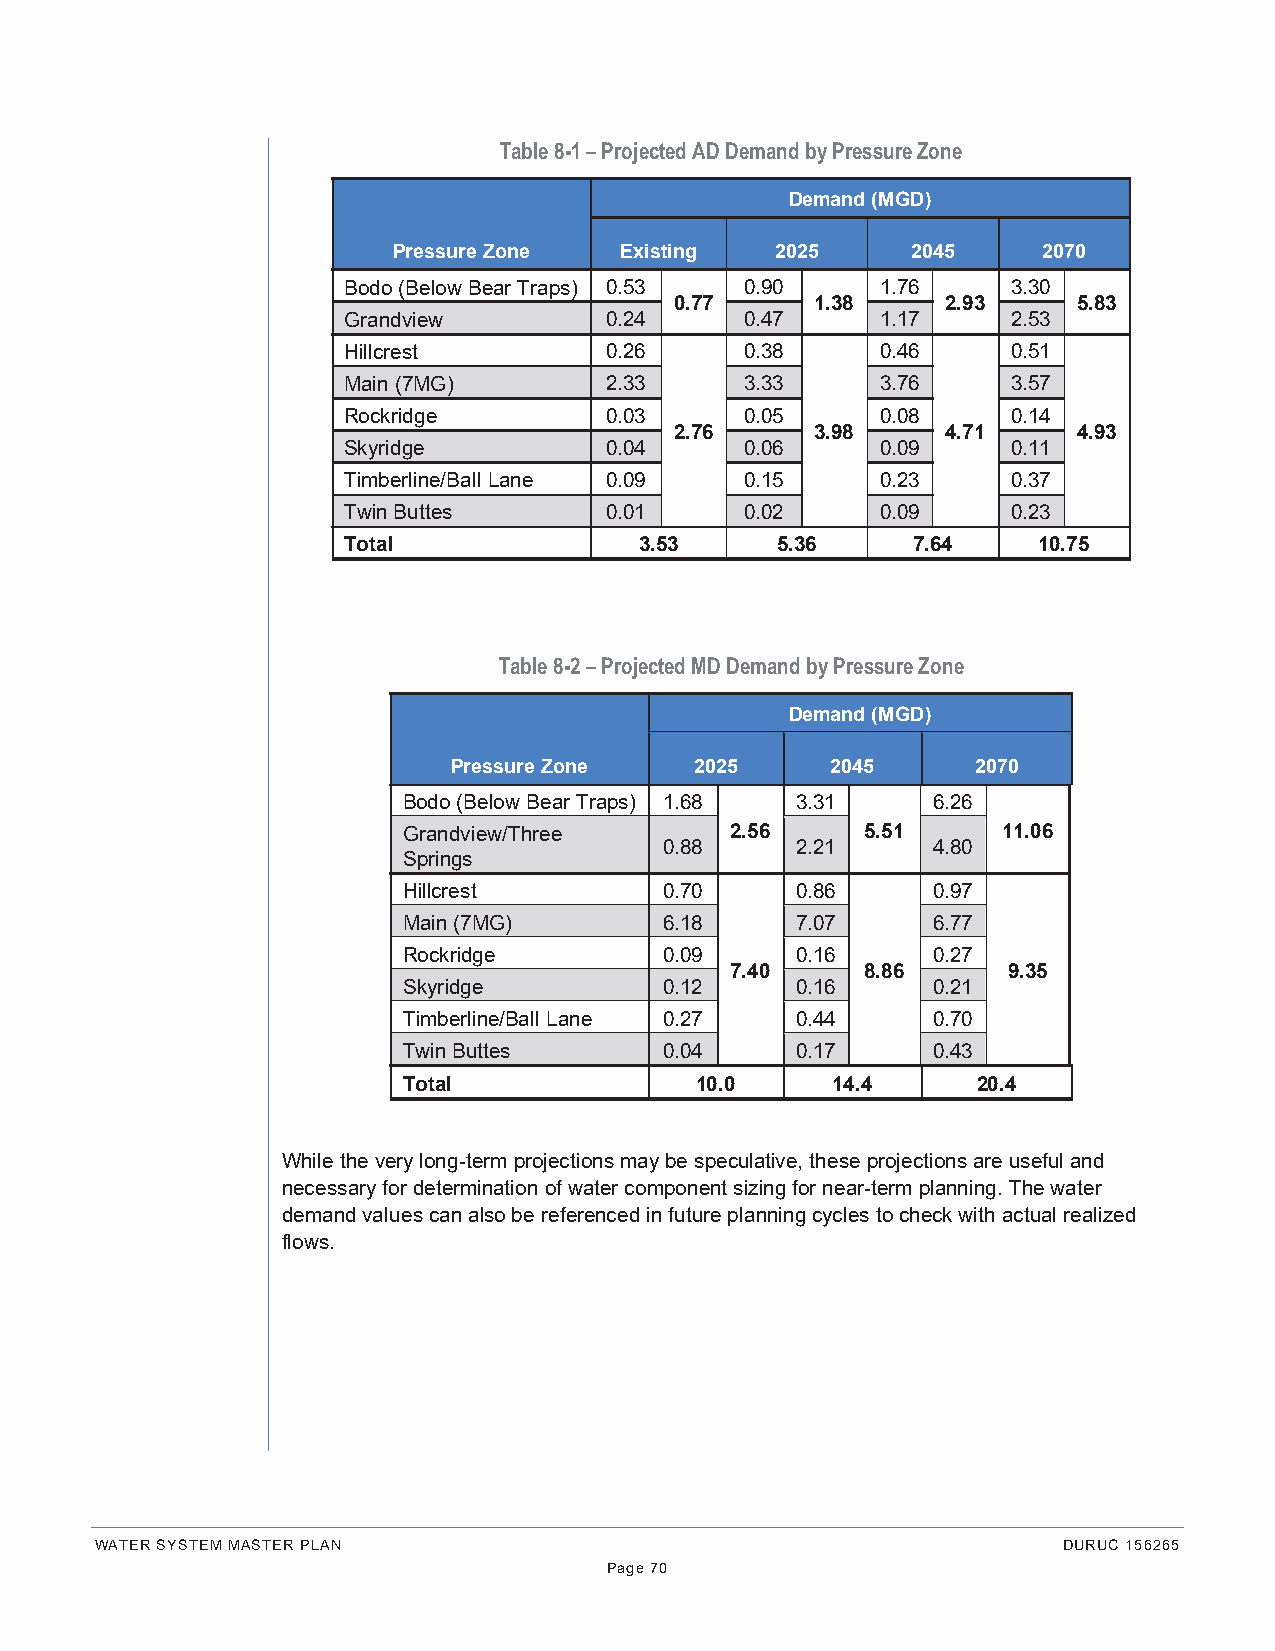
Table 8-1 – Projected AD Demand by Pressure Zone
 Demand (MGD)
 Pressure Zone  Existing  2025     2045     2070
 Bodo (Below Bear Traps) 0.53 0.90  1.76     3.30
 0.77     1.38     2.93    5.83
 Grandview        0.24     0.47     1.17     2.53
 Hillcrest        0.26     0.38     0.46     0.51
 Main (7MG)       2.33     3.33     3.76     3.57
 Rockridge        0.03     0.05     0.08     0.14
 2.76     3.98     4.71    4.93
 Skyridge         0.04     0.06     0.09     0.11
 Timberline/Ball Lane 0.09 0.15     0.23     0.37
 Twin Buttes      0.01     0.02     0.09     0.23
 Total              3.53     5.36     7.64     10.75
 Table 8-2 – Projected MD Demand by Pressure Zone
 Demand (MGD)
 Pressure Zone   2025     2045      2070
 Bodo (Below Bear Traps) 1.68 3.31  6.26
 Grandview/Three      2.56     5.51     11.06
 0.88     2.21     4.80
 Springs
 Hillcrest        0.70     0.86     0.97
 Main (7MG)       6.18     7.07     6.77
 Rockridge        0.09     0.16     0.27
 7.40     8.86      9.35
 Skyridge         0.12     0.16     0.21
 Timberline/Ball Lane 0.27 0.44     0.70
 Twin Buttes      0.04     0.17     0.43
 Total              10.0     14.4      20.4
 While the very long-term projections may be speculative, these projections are useful and
 necessary for determination of water component sizing for near-term planning. The water
 demand values can also be referenced in future planning cycles to check with actual realized
 flows.
 WATER SYSTEM MASTER PLAN                                        DURUC 156265
 Page 70